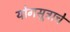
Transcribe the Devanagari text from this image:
योगसूत्राचे